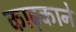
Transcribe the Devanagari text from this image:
काढ़काने